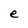
Character: e